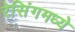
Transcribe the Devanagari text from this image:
रेसिंगमध्ये